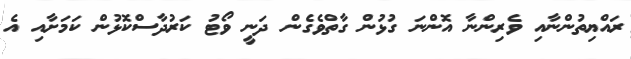
ރައްޔިތުންނާއި ވެރިންނާ އޮންނަ ގުޅުން ގާތްވެގެން ދަނީ ވޯޓު ކަރުދާސްކޮޅުން ކަމަށާއި އެ